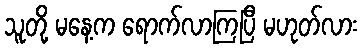
သူတို့ မနေ့က ရောက်လာကြပြီ မဟုတ်လား